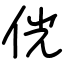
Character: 侊